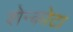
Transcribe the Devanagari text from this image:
शेन्कोटा